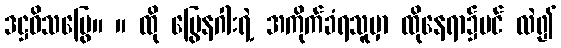
ဒဋ္ဌဝိသမြွေ။ ။ ထို မြွေနဂါးရဲ့ အကိုက်ခံရသူမှာ ထိုနေရာ၌ပင် လဲ၍